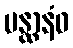
ပန္ထာနံဝ